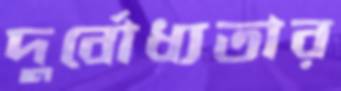
দুর্বোধ্যতার